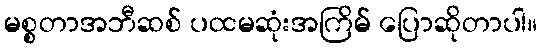
မစ္စတာအဘီဆစ် ပထမဆုံးအကြိမ် ပြောဆိုတာပါ။